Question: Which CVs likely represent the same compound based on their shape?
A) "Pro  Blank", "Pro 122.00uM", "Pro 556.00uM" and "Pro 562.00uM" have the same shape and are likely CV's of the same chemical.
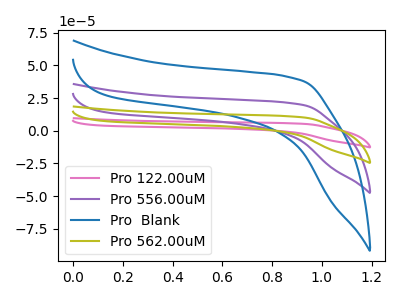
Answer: <think>The pink curve "Pro 122.00uM" has no peaks. The purple curve "Pro 556.00uM" has no peaks. The blue curve "Pro  Blank" has no peaks. The olive curve "Pro 562.00uM" has no peaks.
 Neither "Pro 122.00uM" or "Pro 556.00uM" have any peaks. Neither "Pro 122.00uM" or "Pro  Blank" have any peaks. Neither "Pro 122.00uM" or "Pro 562.00uM" have any peaks. Neither "Pro 556.00uM" or "Pro  Blank" have any peaks. Neither "Pro 556.00uM" or "Pro 562.00uM" have any peaks. Neither "Pro  Blank" or "Pro 562.00uM" have any peaks.</think>
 <answer>A) "Pro  Blank", "Pro 122.00uM", "Pro 556.00uM" and "Pro 562.00uM" have the same shape and are likely CV's of the same chemical.</answer>
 <eval>A</eval>